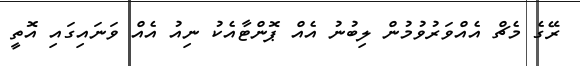
ރޭގެ މެޗް އެއްވަރުވުމުން ލިބުނު އެއް ޕޮންޓާއެކު ނިއު އެއް ވަނައިގައި އޮތީ